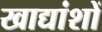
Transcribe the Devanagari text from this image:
खाद्यांशों